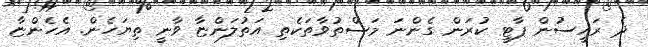
ދެ ރައީސުން ޕާޓީ ކުރަން ގެންނަ މަސްތުވާތަކެތި އަތުލަންޏާ ވާނީ ތިޔަހެން. އެހެންޏާ